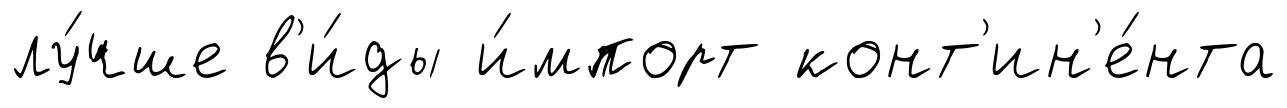
лу́чше в'и́ды и́мпорт конт'ин'е́нта